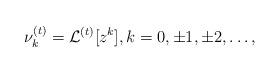
LaTeX: \begin{align*} \nu_{k}^{(t)} = \mathcal{L}^{(t)}[z^{k}], k=0, \pm1, \pm2, \ldots , \end{align*}